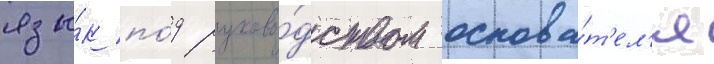
язы́к по́д руково́дством основа́т'ел'я